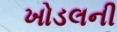
ખોડલની